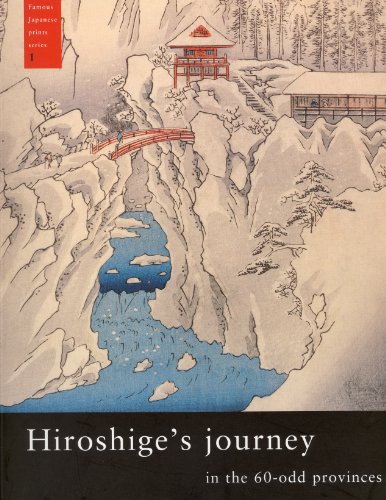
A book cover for Hiroshige's Journey in the 60-Odd Provinces (Famous Japanese Print Series); Marije Jansen; Crafts, Hobbies & Home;